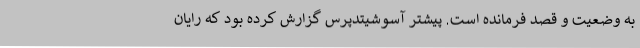
به وضعیت و قصد فرمانده است. پیشتر آسوشیتدپرس گزارش کرده بود که رایان